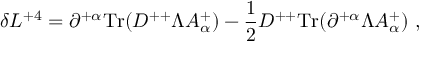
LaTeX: \delta L ^ { + 4 } = \partial ^ { + \alpha } \mathrm { T r } ( D ^ { + + } \Lambda A _ { \alpha } ^ { + } ) - { \frac { 1 } { 2 } } D ^ { + + } \mathrm { T r } ( \partial ^ { + \alpha } \Lambda A _ { \alpha } ^ { + } ) \ ,